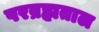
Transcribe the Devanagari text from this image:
परब्रह्मताल